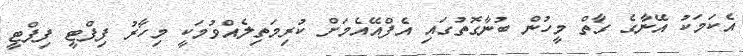
އެކަމަކު އޭނާގެ ގާތް މީހުން ބުނާގޮތުގައި އެފްއޭއެމަށް ކުރިމަތިލެއްވުމަކީ މިހާރު ފިފްޓީ ފިފްޓީ